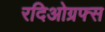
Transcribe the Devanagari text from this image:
रदिओग्रफ्स